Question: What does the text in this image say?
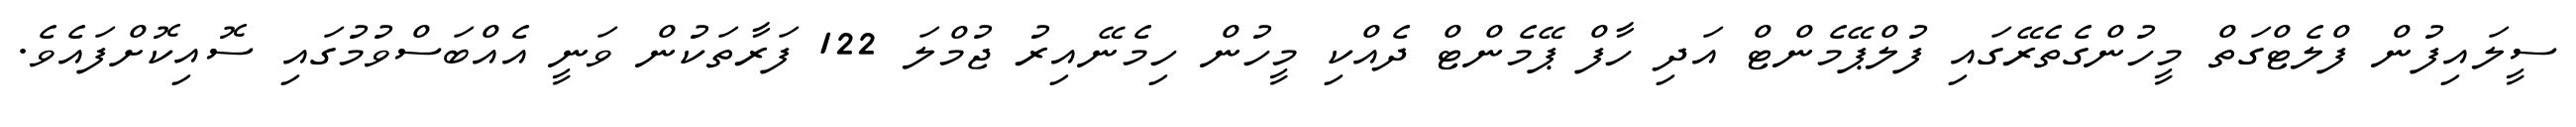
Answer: ސީލައިފުން ފްލެޓްގަތް މީހުންގެތެރޭގައި ފުލްޕޭމެންޓް އަދި ހާފް ޕޭމެންޓް ދެއްކި މީހުން ހިމެނޭއިރު ޖުމްލަ 122 ފަރާތަކުން ވަނީ އެއްބަސްވުމުގައި ސޮއިކޮށްފައެވެ.